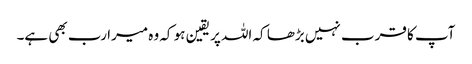
آپ کا قرب نہیں بڑھا کہ اللہ پر یقین ہو کہ وہ میرا رب بھی ہے۔